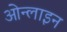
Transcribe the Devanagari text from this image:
ओन्लाइन